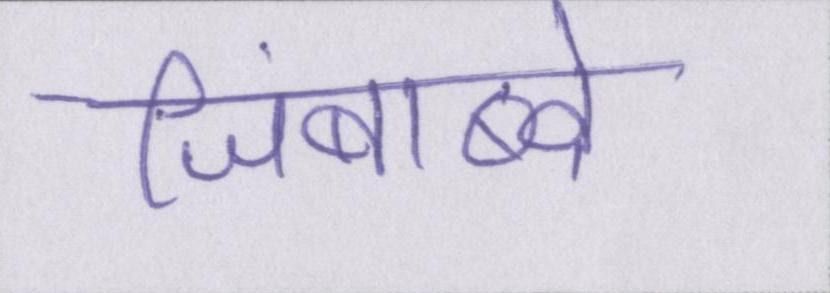
जिंबाब्वे